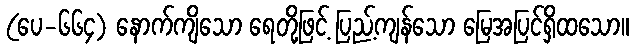
(ပေ-၆၆၄) နောက်ကျိသော ရေတို့ဖြင့် ပြည့်ကျန်သော မြေအပြင်ရှိထသော။